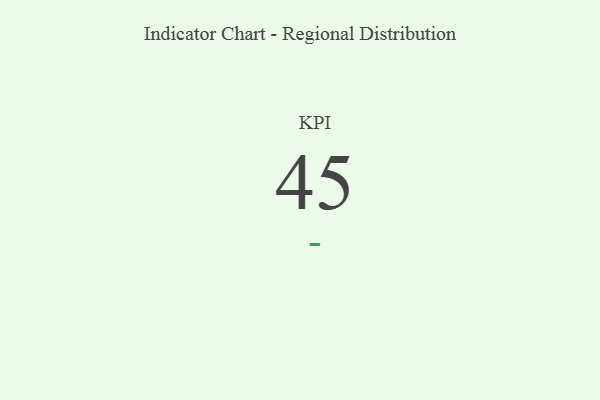
{"axis": {"x": "KPI", "y": "Value"}, "legend": [""], "data": [{"x": "KPI", "y": 45, "type": ""}]}